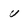
Character: U